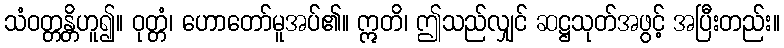
သံဝတ္တန္တိဟူ၍။ ဝုတ္တံ၊ ဟောတော်မူအပ်၏။ ဣတိ၊ ဤသည်လျှင် ဆဋ္ဌသုတ်အဖွင့် အပြီးတည်း။